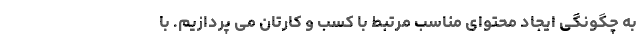
به چگونگی ایجاد محتوای مناسب مرتبط با کسب و کارتان می پردازیم. با